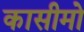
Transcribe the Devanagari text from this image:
कासीमो